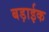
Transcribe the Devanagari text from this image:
बड़ाईक